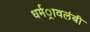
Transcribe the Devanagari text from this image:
धर्मर्ावलंबी